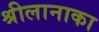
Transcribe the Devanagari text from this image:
श्रीलानाका